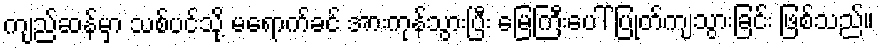
ကျည်ဆန်မှာ သစ်ပင်သို့ မရောက်ခင် အားကုန်သွားပြီး မြေကြီးပေါ် ပြုတ်ကျသွားခြင်း ဖြစ်သည်။